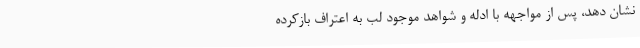
نشان دهد، پس از مواجهه با ادله و شواهد موجود لب به اعتراف بازکرده